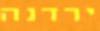
ירדנה